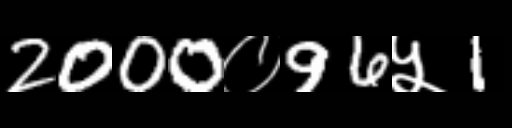
Text: 2000०96५1